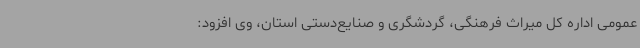
عمومی اداره کل میراث فرهنگی، گردشگری و صنایع‌دستی استان، وی افزود: